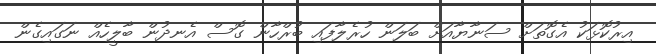
އިރުކޮޅަކު އެގޮތަށް ސަނާޔާއަށް ބަލަން ހުރެލާފައި ބުރްހާން ގޮސް އެނދުން ބާލީހެއް ނަގައިގެން